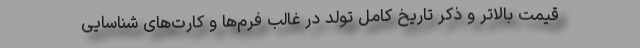
قیمت بالاتر و ذکر تاریخ کامل تولد در غالب فرم‌ها و کارت‌های شناسایی